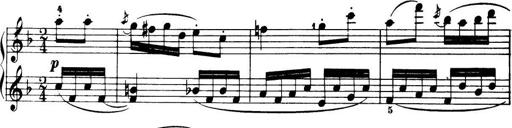
Title: 32 Sonatinas and Rondos for the Piano
Composer: Richard Kleinmichel